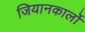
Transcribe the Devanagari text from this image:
जियानकार्लो